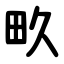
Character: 畂